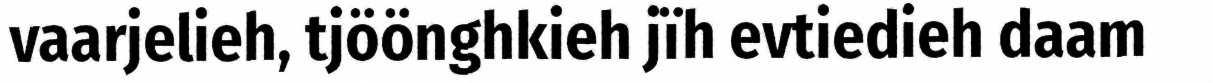
vaarjelieh, tjöönghkieh jïh evtiedieh daam